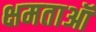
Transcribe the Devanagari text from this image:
क्षमताऑ